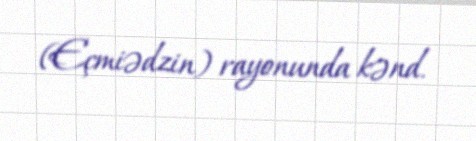
(Eçmiədzin) rayonunda kənd.